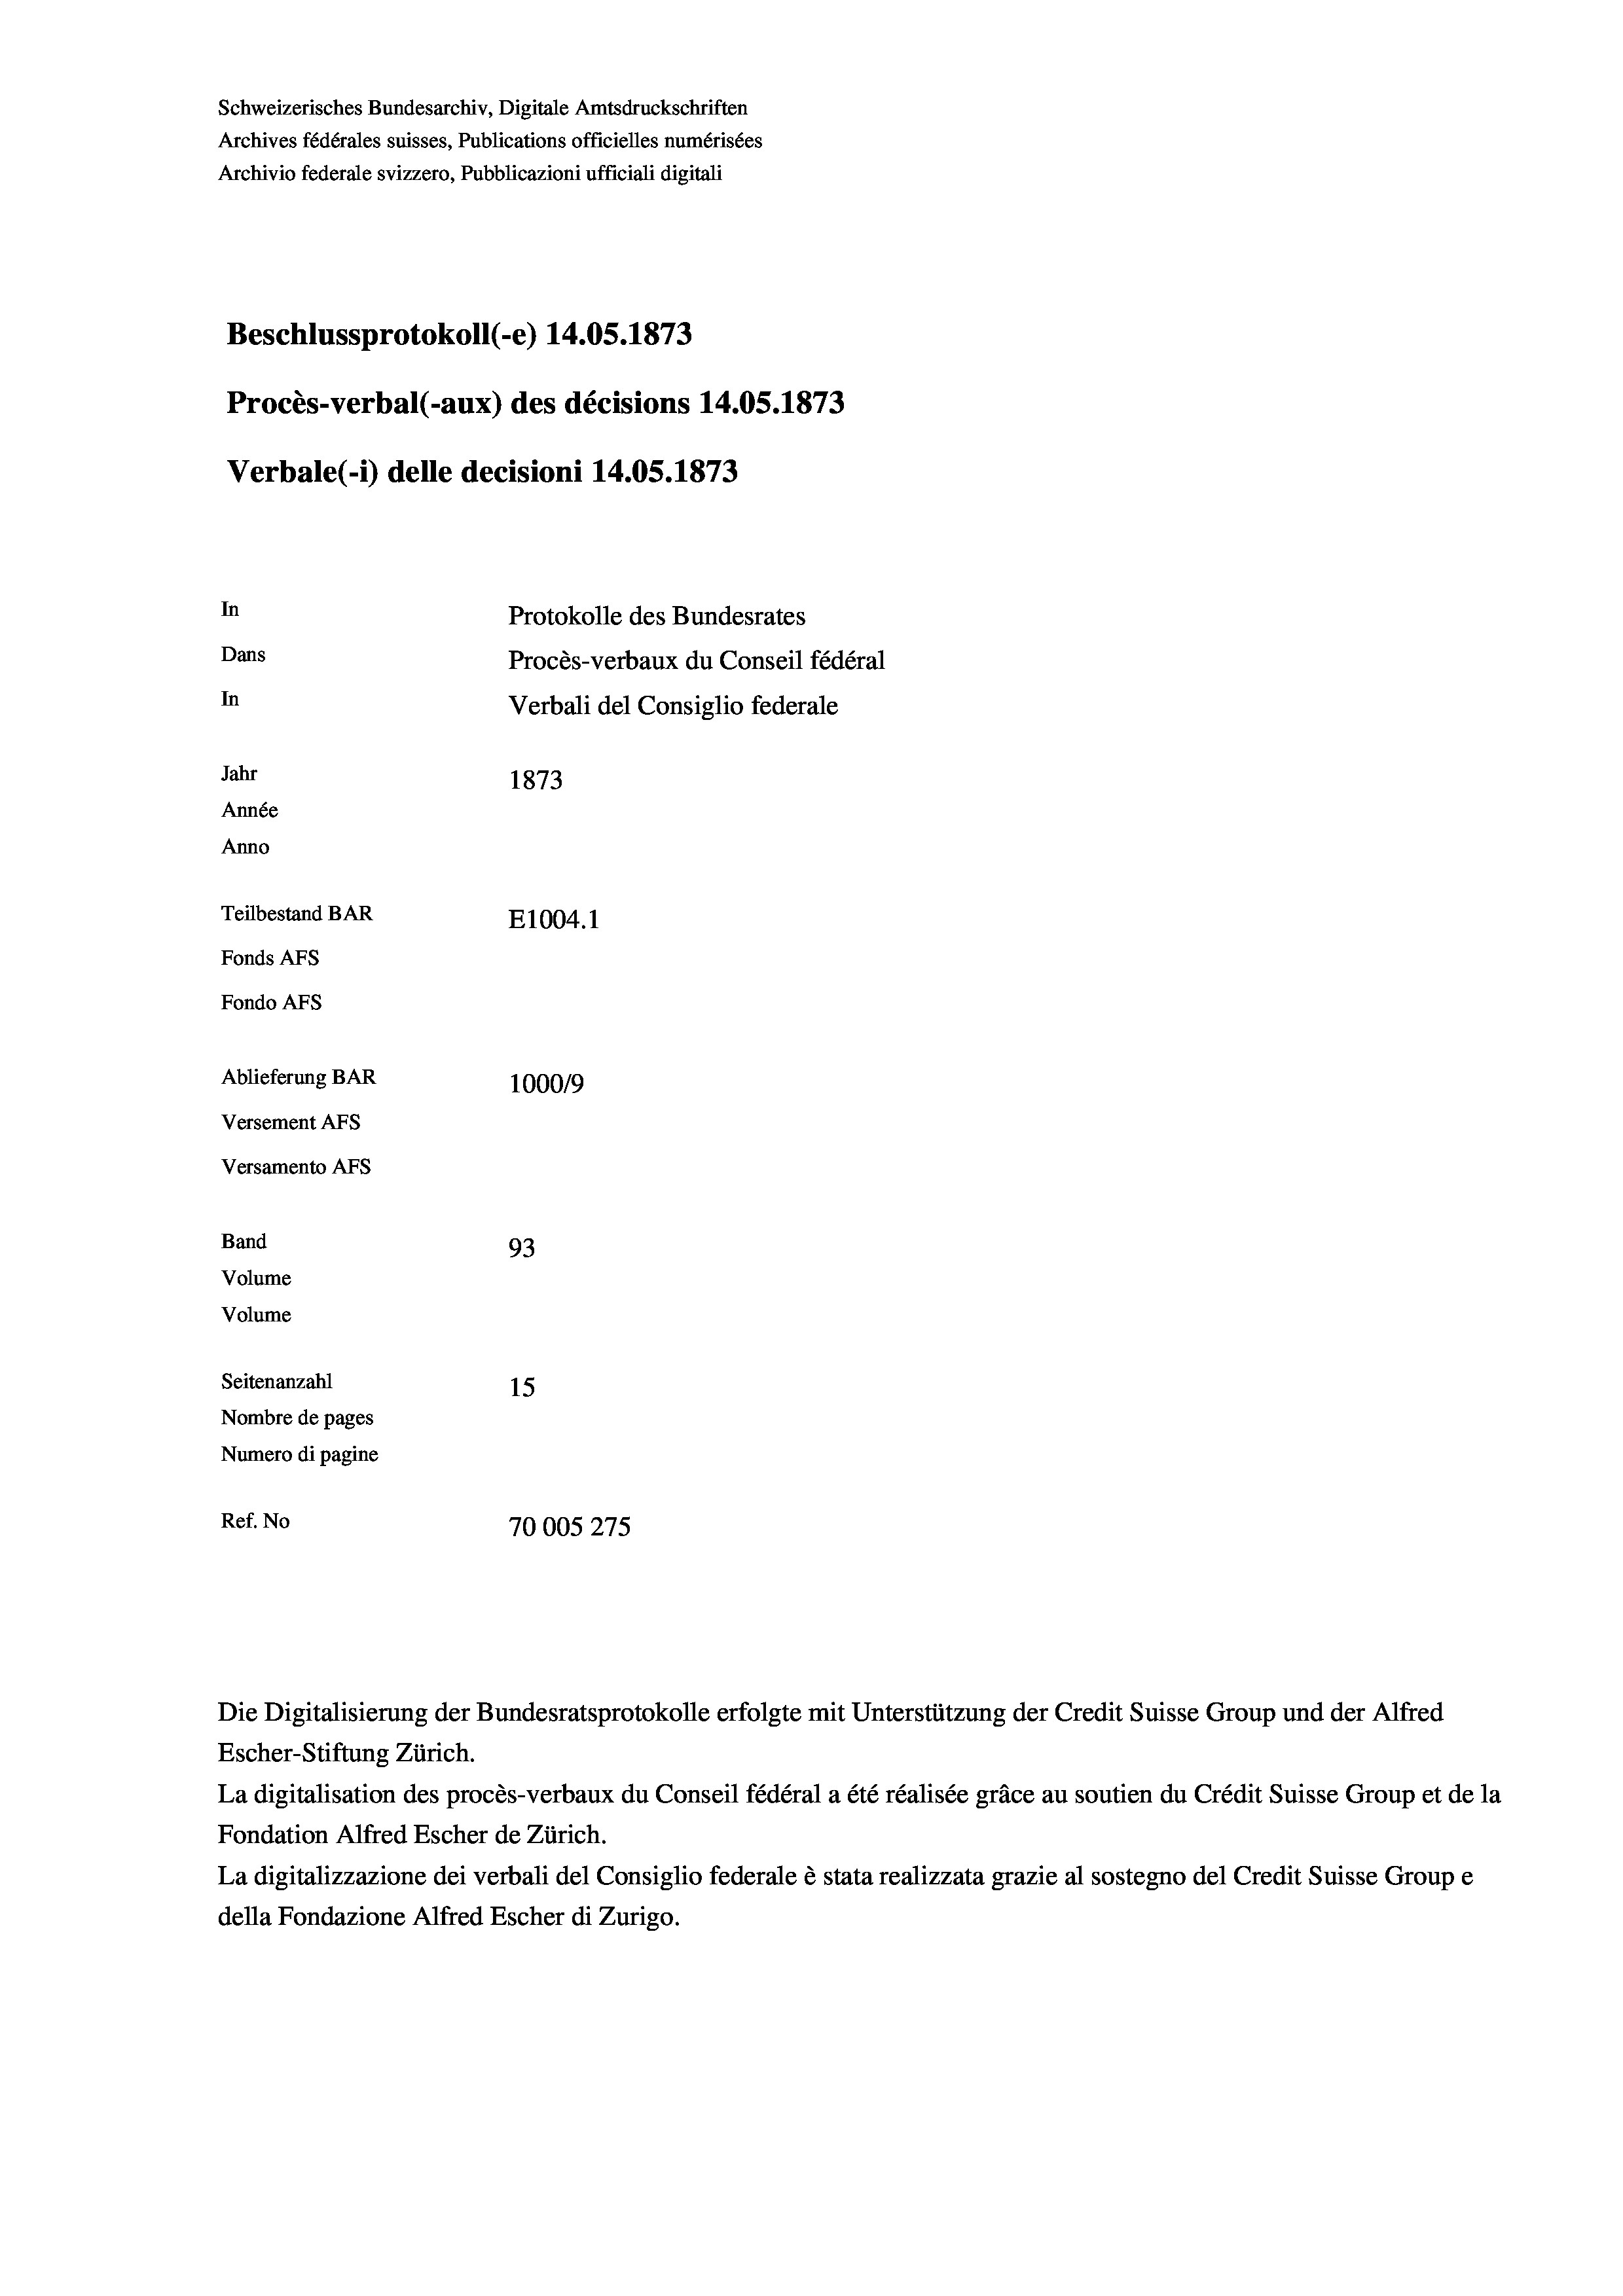
Schweizerisches Bundesarchiv, Digitale Amtsdruckschriften
Archives fédérales suisses, Publications officielles numérisées
Archivio federale svizzero, Pubblicazioni ufficiali digitali
Beschlussprotokoll (-e) 14.05. 1873
Procès-verbal (-aux) des décisions 14.05. 1873
Verbale (1) delle decisioni 14.05. 1873
In
Protokolle des Bundesrates
Dans
Procès-verbaux du Conseil fédéral
In
Verbali del Consiglio federale
Jahr
1873
Année
Anno
Teilbestand BAR
E1004.1
Fonds AFs
Fondo AFs
Ablieferung BAR
100019
Versement Abs

93
Seitenanzahl
15
Nombre de pages
Numero di pagine
Ref. No
70005275

Versamento Afs
Band
Volume
Volume

Escher-Stiftung Zürich.
La digitalisation des procès-verbaux du Conseil fédéral a été réalisée gräce au soutien du Crédit Suisse Group et de la
Fondation Alfred Escher de Zürich.
La digitalizzazione dei verbali del Consiglio federale è stata realizzata grazie al sostegno del Credit Suisse Groupe
della Fondazione Alfred Escher di Zurigo.

Die Digitalisierung der Bundesratsprotokolle erfolgte mit Unterstützung der Credit Suisse Group und der Alfred